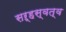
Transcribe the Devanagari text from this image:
सऱ्हस्वत्व